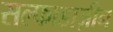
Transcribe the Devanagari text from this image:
सल्फाडाज़ीन